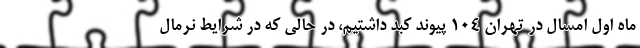
ماه اول امسال در تهران ۱۰۴ پیوند کبد داشتیم، در حالی که در شرایط نرمال